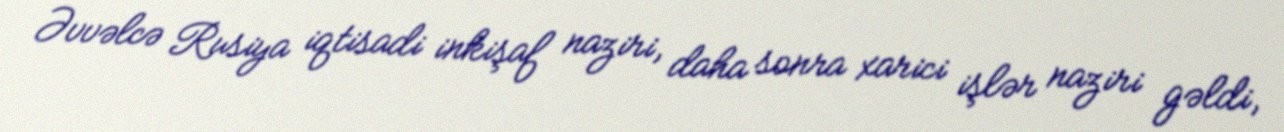
Əvvəlcə Rusiya iqtisadi inkişaf naziri, daha sonra xarici işlər naziri gəldi,